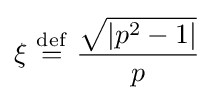
\xi \ {\stackrel {\mathrm {def} }{=}}\ {\frac {\sqrt {\left|p^{2}-1\right|}}{p}}